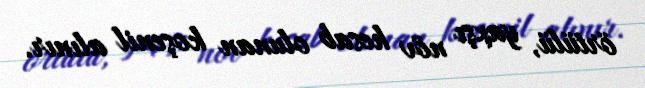
örtülü, yaxşı növ hesab olunan koşenil alınır.